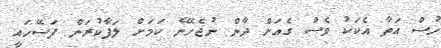
ހުސް އަތާ އެކަކު ވެސް ގެއަށް ދާން ނުޖެހޭނެ ކަމަށް ލަފާކުރަން ފަސޭހައީ